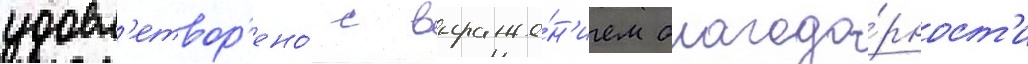
удовл'етвор'ено́ с выраже́н'ием благода́рност'и